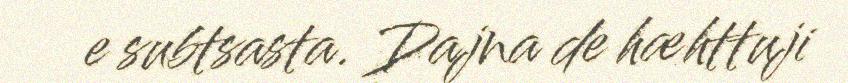
e subtsasta. Dajna de hæhttuji